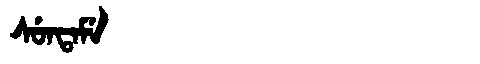
Manchu: ᠰᡠᠨᡨᠠᠮᡝ
Romanization: SUNTAME